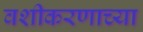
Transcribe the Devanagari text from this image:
वशीकरणाच्या